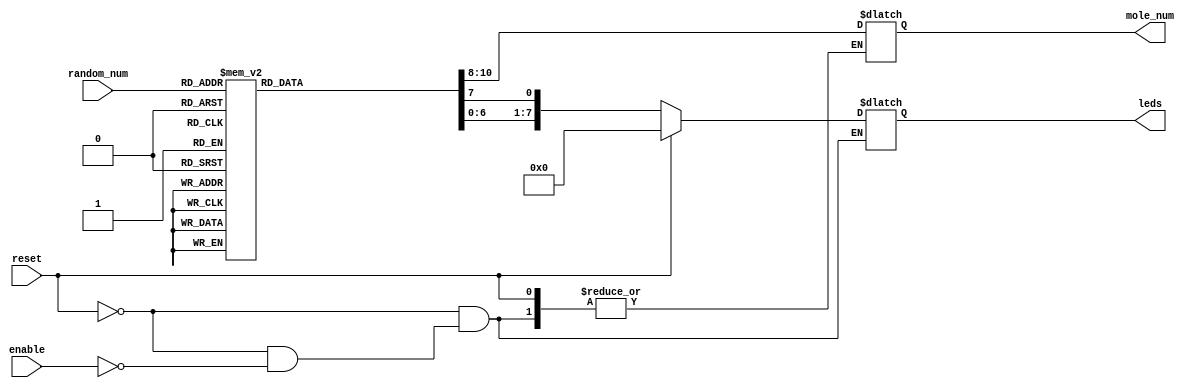
module led_select(
    input enable,
    input reset,
    input [2:0] random_num,
    output reg [7:0] leds,
    output reg [2:0] mole_num
    );
        
     always @ (*) begin
        if (reset)
            leds = 8'b00000000;
        else begin
            if (enable == 1) begin
                case(random_num)
                    3'b000: begin
                        leds = 8'b000000000;
                        leds[0] = 1;
                        mole_num = 3'b000;
                    end
                    3'b001: begin
                        leds = 8'b000000000;
                        leds[1] = 1;
                        mole_num = 3'b001;
                    end
                    3'b010: begin
                        leds = 8'b000000000;
                        leds[2] = 1;
                        mole_num = 3'b010;
                    end
                    3'b011: begin
                        leds = 8'b000000000;
                        leds[3] = 1;
                        mole_num = 3'b011;
                    end
                    3'b100: begin
                        leds = 8'b000000000;
                        leds[4] = 1;
                        mole_num = 3'b100;
                    end
                    3'b101: begin
                        leds = 8'b000000000;
                        leds[5] = 1;
                        mole_num = 3'b101;
                    end
                    3'b110: begin
                        leds = 8'b000000000;
                        leds[6] = 1;
                        mole_num = 3'b110;
                    end
                    3'b111: begin
                        leds = 8'b000000000;
                        leds[7] = 1;
                        mole_num = 3'b111;
                    end
                 endcase
             end
        end
    end
endmodule